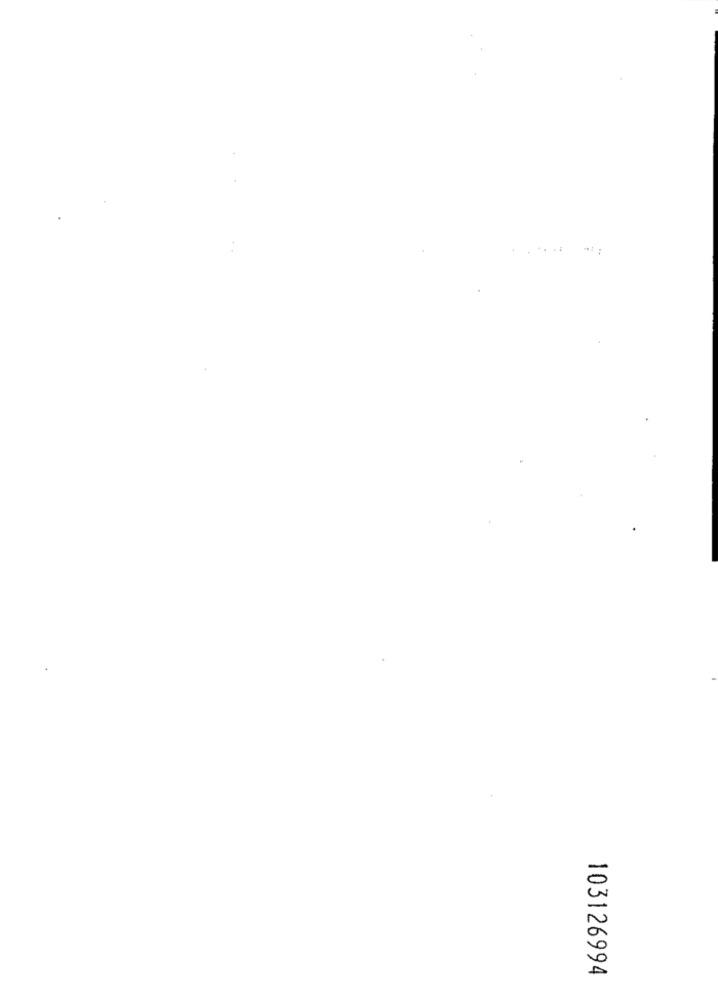
103126994